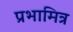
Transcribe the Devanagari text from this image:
प्रभामित्र